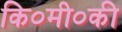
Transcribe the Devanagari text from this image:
कि०मी०की